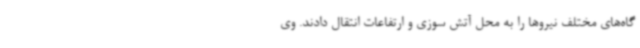
گاه‌های مختلف نیروها را به محل آتش سوزی و ارتفاعات انتقال دادند. وی